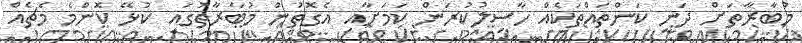
މުބާރާތަށް ދަނީ ކަންތައްތަކެއް ހާސިލުކުރަން ކަމަށާއި އެގޮތުން މުބާރާތުގައި ކުޅޭ ކޮންމެ މެޗެއް